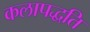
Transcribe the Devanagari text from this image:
कलापद्धति